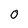
Character: 0